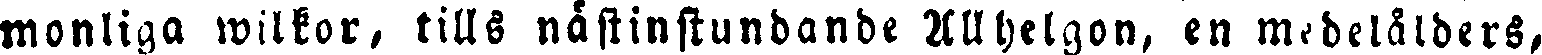
monliga wilkor, tills nästinstundande Allhelgon, en medelälders,